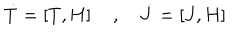
LaTeX: { \dot { T } } = \left[ T , H \right] \quad , \quad { \dot { J } } = \left[ J , H \right]